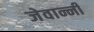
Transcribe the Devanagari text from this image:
जेवान्नी